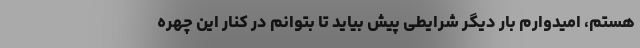
هستم، امیدوارم بار دیگر شرایطی پیش بیاید تا بتوانم در کنار این چهره